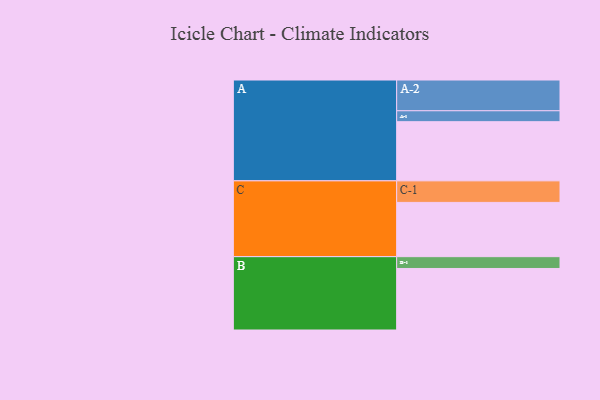
{"axis": {"x": "Segment", "y": "Value"}, "legend": ["", "A", "B", "C"], "data": [{"x": "A", "y": 546, "type": ""}, {"x": "B", "y": 568, "type": ""}, {"x": "C", "y": 501, "type": ""}, {"x": "A-1", "y": 101, "type": "A"}, {"x": "A-2", "y": 284, "type": "A"}, {"x": "B-1", "y": 109, "type": "B"}, {"x": "C-1", "y": 199, "type": "C"}]}